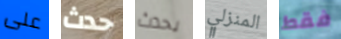
على حدث يحدث المنزلي فقط